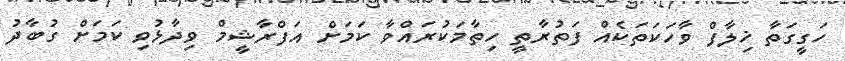
ހަގީގަތާ ޚިލާފް ވާހަކަތަކެއް ފަތުރާތީ ހިތާމަކުރައްވާ ކަމަށް އަފްރާޝީމް ވިދާޅުވި ކަމަށް ގުބާދު